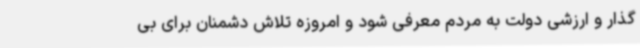
گذار و ارزشی دولت به مردم معرفی شود و امروزه تلاش دشمنان برای بی